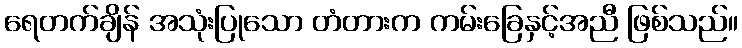
ရေတက်ချိန် အသုံးပြုသော တံတားက ကမ်းခြေနှင့်အညီ ဖြစ်သည်။